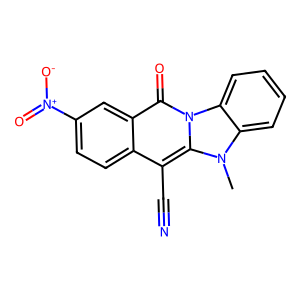
SMILES: Cn1c2ccccc2n2c(=O)c3cc([N+](=O)[O-])ccc3c(C#N)c12
Inhibits HIV replication: No